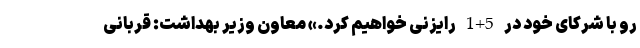
رو با شرکای خود در 5+1 رایزنی خواهیم کرد.» معاون وزیر بهداشت: قربانی